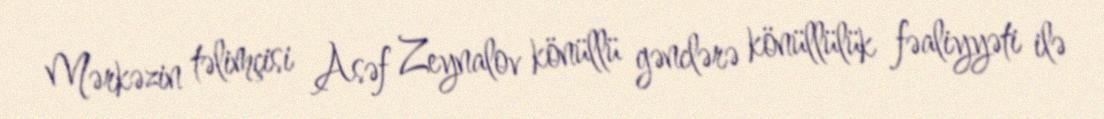
Mərkəzin təlimçisi Asəf Zeynalov könüllü gənclərə könüllülük fəaliyyəti ilə